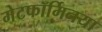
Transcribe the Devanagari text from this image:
मेटफॉर्मिनया